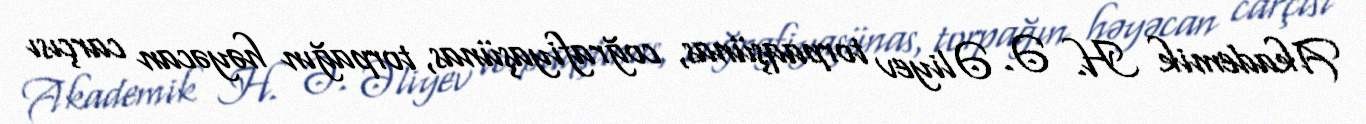
Akademik H. Ə. Əliyev torpaqşünas, coğrafiyaşünas, torpağın həyəcan carçısı